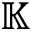
\mathbb { K }